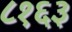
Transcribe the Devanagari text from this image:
८१६३